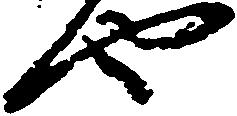
也